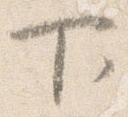
下